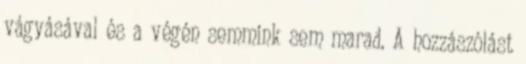
vágyásával és a végén semmink sem marad. A hozzászólást